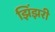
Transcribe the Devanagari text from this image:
झिंझरी